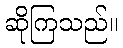
ဆိုကြသည်။